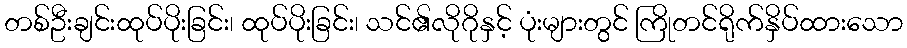
တစ်ဦးချင်းထုပ်ပိုးခြင်း၊ ထုပ်ပိုးခြင်း၊ သင်၏လိုဂိုနှင့် ပုံးများတွင် ကြိုတင်ရိုက်နှိပ်ထားသော